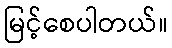
မြင့်စေပါတယ်။